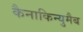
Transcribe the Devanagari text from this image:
कैनाकिन्युमैब